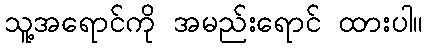
သူ့အရောင်ကို အမည်းရောင် ထားပါ။